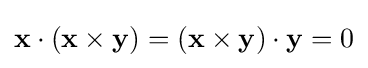
\mathbf {x} \cdot (\mathbf {x} \times \mathbf {y} )=(\mathbf {x} \times \mathbf {y} )\cdot \mathbf {y} =0